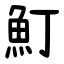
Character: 䰳